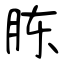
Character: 胨